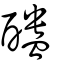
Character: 醠